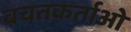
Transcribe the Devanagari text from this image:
बचतकर्ताओं